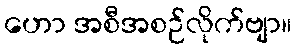
ဟော အစီအစဉ်လိုက်ဗျာ။